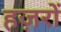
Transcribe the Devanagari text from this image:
हज़रों